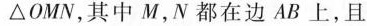
△OMN，其中M，N都在边AB上，且